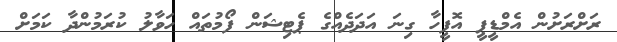
ރަށްރަށުން އެމްޑީޕީ އޮފީހާ ގިނަ އަދަދެއްގެ ޕެޓިޝަން ފޯމުތައް ހަވާލު ކުރަމުންދާ ކަމަށް